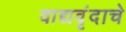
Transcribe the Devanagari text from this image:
वाद्यवृंदाचे